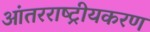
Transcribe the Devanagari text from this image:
आंतरराष्ट्रीयकरण